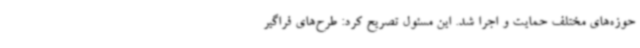
حوزه‌های مختلف حمایت و اجرا شد. این مسئول تصریح کرد: طرح‌های فراگیر